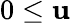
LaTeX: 0\leq\mathbf{u}